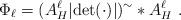
LaTeX: \begin{align*} \Phi_\ell = (A_H^\ell |{\rm det}(\cdot)|)^{\sim} \ast A_H^\ell ~. \end{align*}